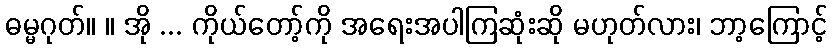
ဓမ္မဂုတ်။ ။ အို ... ကိုယ်တော့်ကို အရေးအပါကြဆုံးဆို မဟုတ်လား၊ ဘာ့ကြောင့်